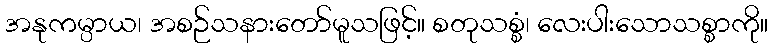
အနုကမ္ပာယ၊ အစဉ်သနားတော်မူသဖြင့်။ စတုသစ္စံ၊ လေးပါးသောသစ္စာကို။